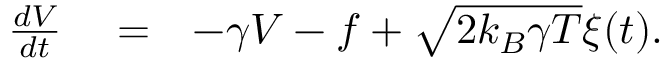
\begin{array} { r l r } { { \frac { d V } { d t } } } & { { } = } & { - \gamma V - f + \sqrt { 2 k _ { B } \gamma T } \xi ( t ) . } \end{array}